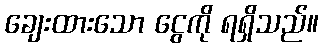
ချေးထားသော ငွေကို ရရှိသည်။